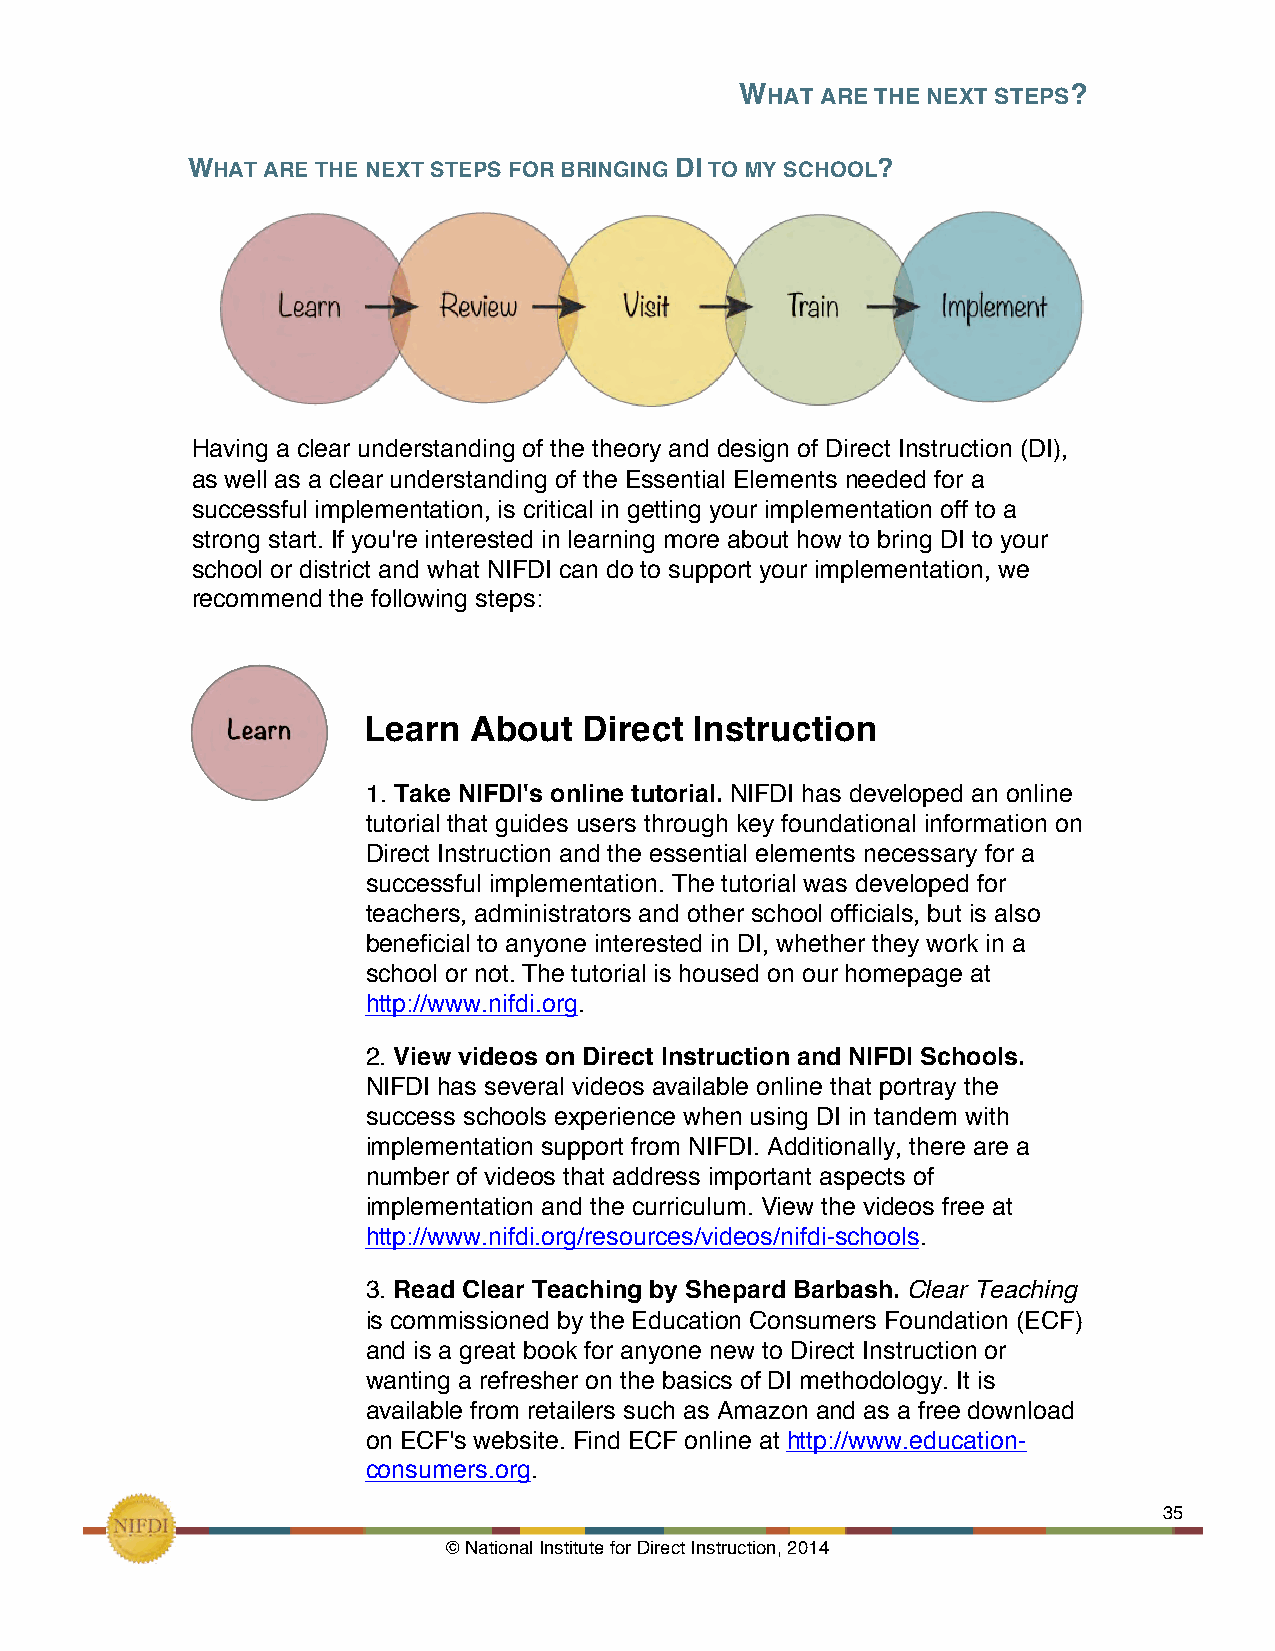
WHAT ARE THE NEXT STEPS?
 !
 WHAT ARE THE NEXT STEPS FOR BRINGING DI TO MY SCHOOL?
 Having a clear understanding of the theory and design of Direct Instruction (DI),
 as well as a clear understanding of the Essential Elements needed for a
 successful implementation, is critical in getting your implementation off to a
 strong start. If you're interested in learning more about how to bring DI to your
 school or district and what NIFDI can do to support your implementation, we
 recommend the following steps:
 Learn  About   Direct Instruction
 1. Take NIFDI's online tutorial. NIFDI has developed an online
 tutorial that guides users through key foundational information on
 Direct Instruction and the essential elements necessary for a
 successful implementation. The tutorial was developed for
 teachers, administrators and other school officials, but is also
 beneficial to anyone interested in DI, whether they work in a
 school or not. The tutorial is housed on our homepage at
 http://www.nifdi.org.
 2. View videos on Direct Instruction and NIFDI Schools.
 NIFDI has several videos available online that portray the
 success schools experience when using DI in tandem with
 implementation support from NIFDI. Additionally, there are a
 number of videos that address important aspects of
 implementation and the curriculum. View the videos free at
 http://www.nifdi.org/resources/videos/nifdi-schools.
 3. Read Clear Teaching by Shepard Barbash. Clear Teaching
 is commissioned by the Education Consumers Foundation (ECF)
 and is a great book for anyone new to Direct Instruction or
 wanting a refresher on the basics of DI methodology. It is
 available from retailers such as Amazon and as a free download
 on ECF's website. Find ECF online at http://www.education-
 consumers.org.
 !                                                             35
 © National Institute for Direct Instruction, 2014!